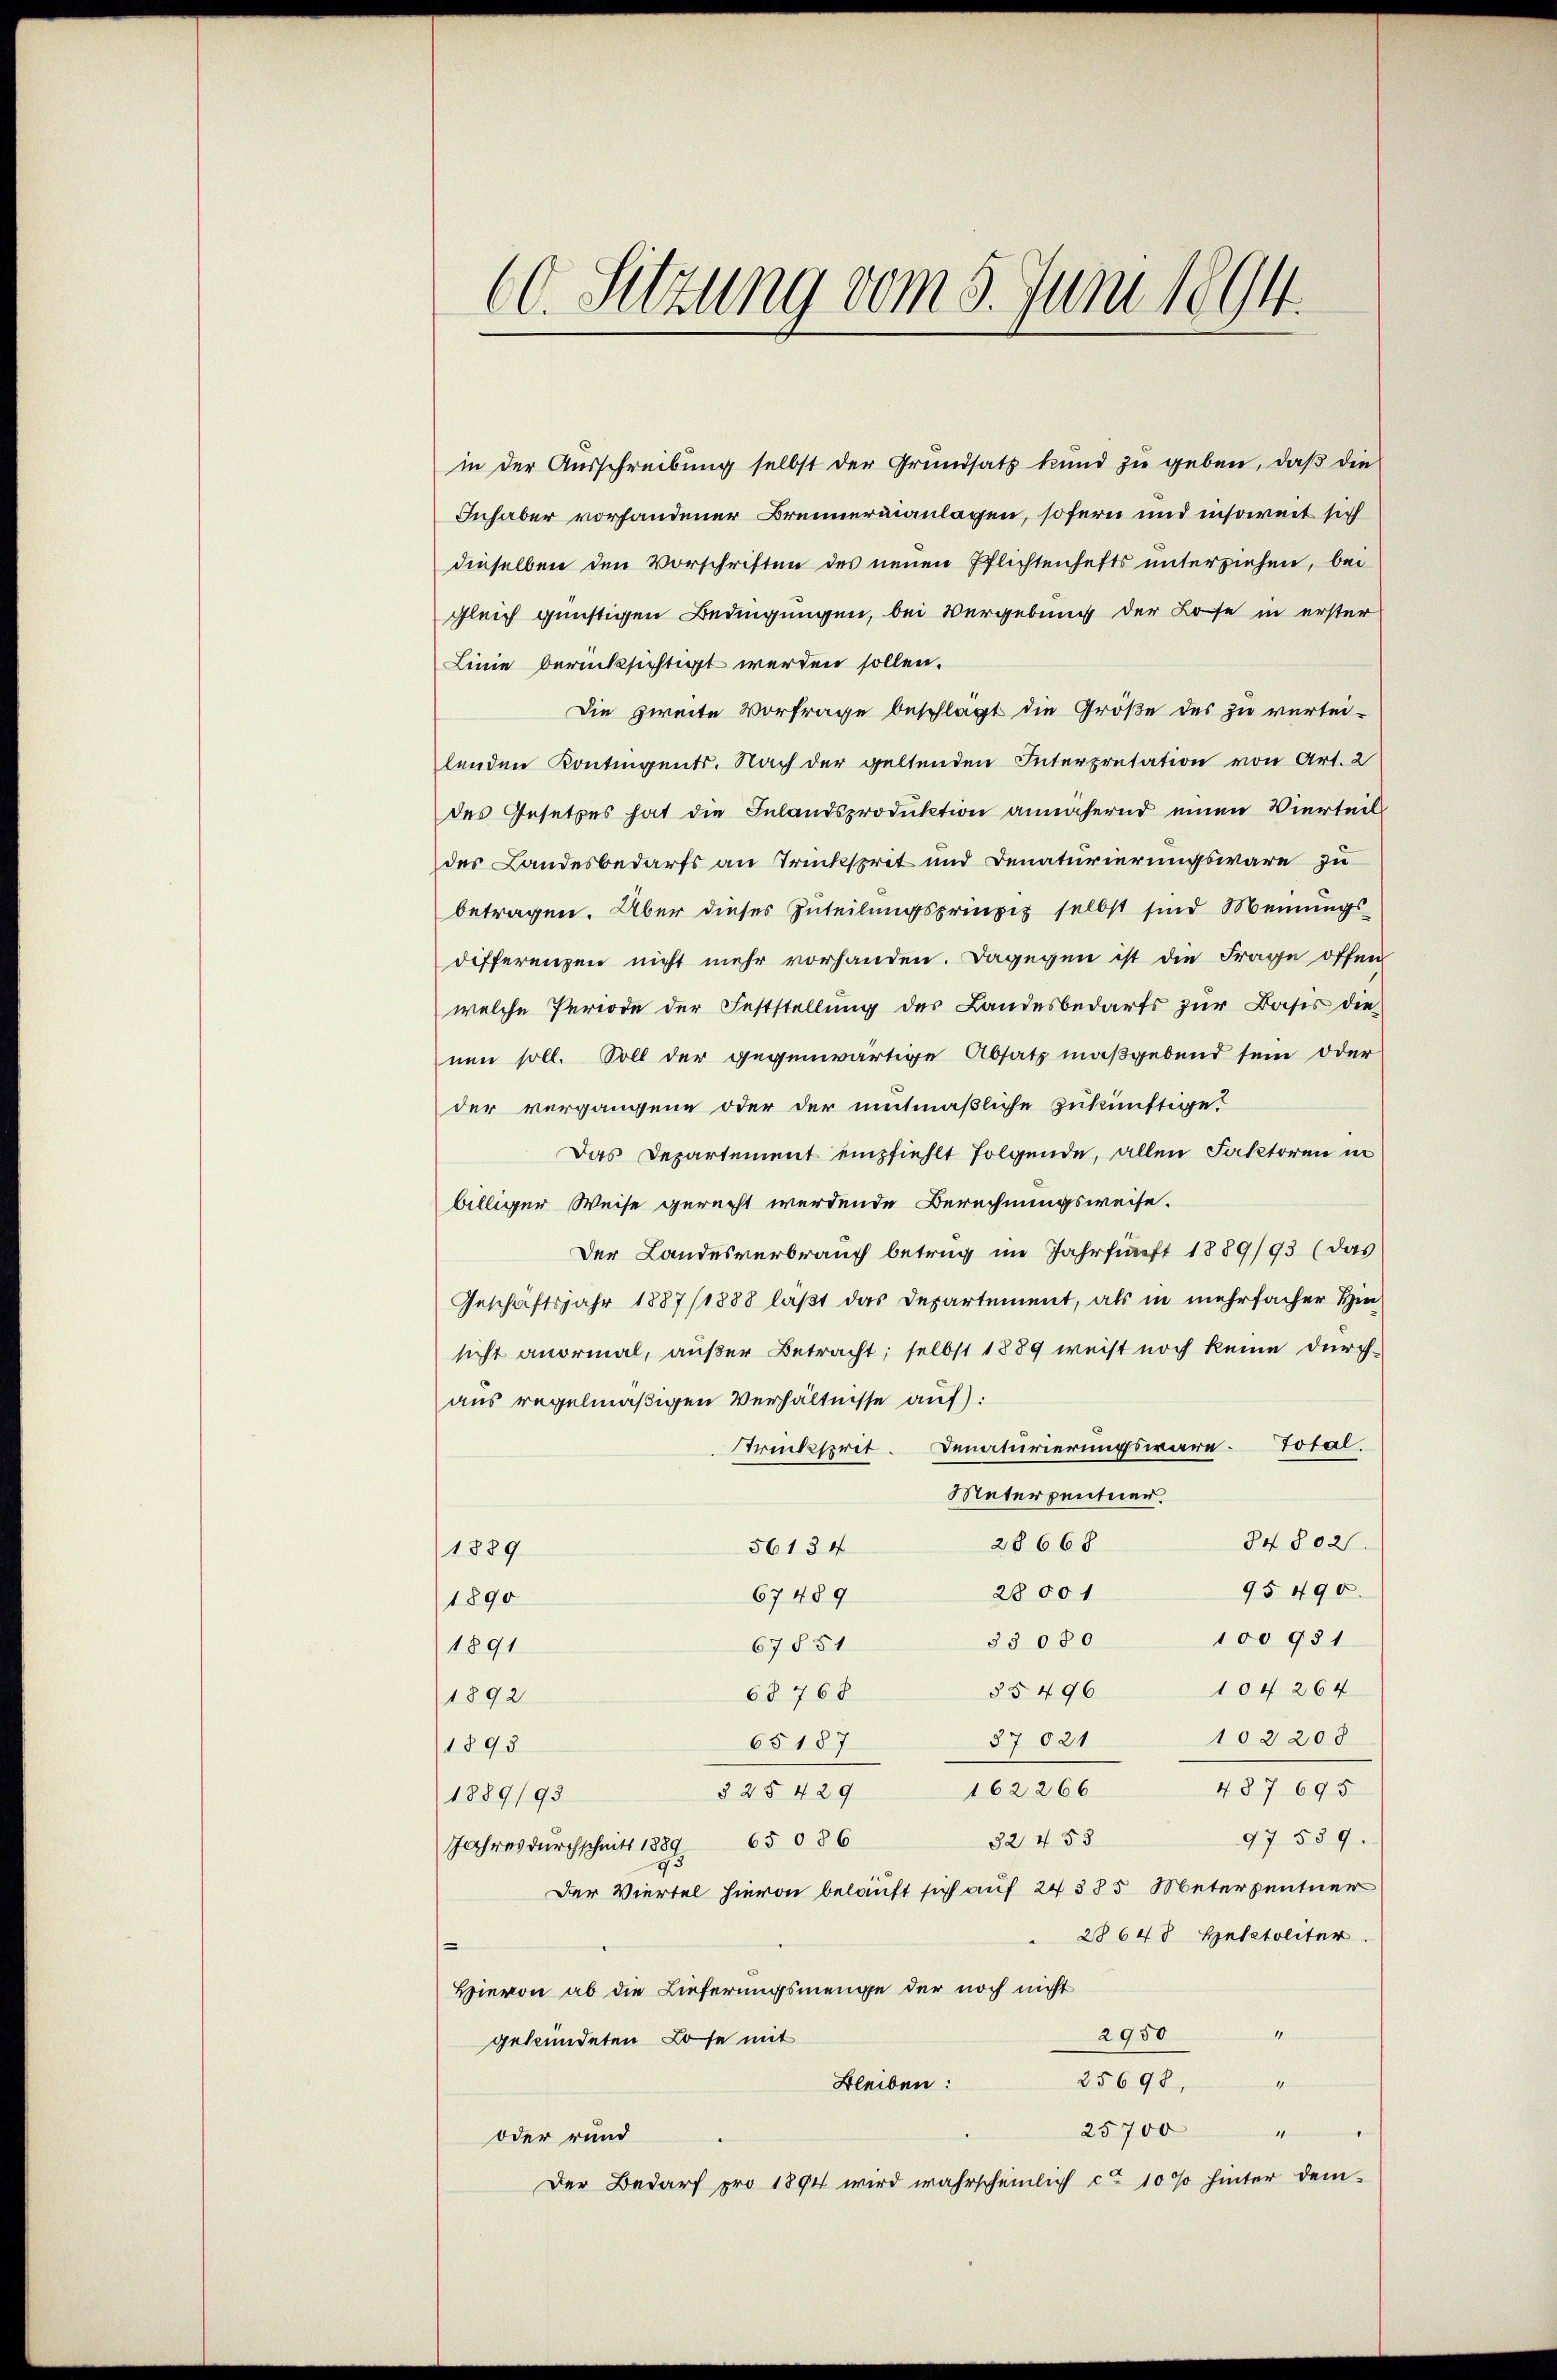
60. Sitzung vom 5. Juni 1894.

in der Ausschreibung selbst der Grundsatz kund zu geben, daß die
Inhaber vorhandener Brunnermannlagen, sofern und insoweit sich
dieselben den Vorschriften des neuen Pflichtenhefts unterziehen, bei
gleich günstigen Bedingungen, bei Vergebung der Lose in erster
Linie berücksichtigt werden sollen.
Die zweite Vorfrage beschlägt die Größe des zu vertei-
lenden Kontingents. Nach der geltenden Interpretation von Art. 2
des Gesetzes hat die Inlandsproduktion annähernd einen Vierteil
des Landesbedarfs an Trückspret und Denaturierungswäre zu
betragen. Aber dieses Zuteilungsprinzip selbst sind Meinungsdifferenzen nicht mehr vorhanden. Dagegen ist die Frage offen
welche Periode der Feststellung des Landesbedarfs zur Basis die
nen soll. Soll der gegenwärtige Absatz maßgebend sein oder
der vergangene oder der mitmaßliche zukünftige?
Das Departement empfiehlt folgende, allen Faktoren in
billiger Weise gerecht werdende Berechnungsweise.
Der Landesverbrauch betrug im Jahr fünft 1889/93 (das
Geschäftsjahr 1887/1888 läßt das Departement, als in mehrfacher Hinsicht anormal, außer Betracht; selbst 1889 weist noch keine durchaus regelmäßigen Verhältnisse auf:
trücksprit. Senaturierungswäre. Total.
Materpentner.
34802.
28668
56134
1889
95490.
2800 1
67489
1890
100931
33 080
67851
1891
104 264
§§496
6§ 768
1892
87021 102208
65187
1893
487 695
162266
§ 25 429
1889/93
97 539.
32 453
Jahres durchschnitt 1889. 65 086
Der Viertel hievon belauft sich auf 24 385 Meterpentner
28648 Heletoliter
m
Hievon ab die Lieferungsmenge der noch nicht
2950
gesundeten Lose mit
e
25698,
Bleiben:
25700
1
oder rund
Der Bedarf pro 1894 wird wahrscheinlich ca 10 % hinter dem